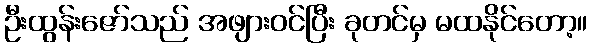
ဦးထွန်းဇော်သည် အဖျားဝင်ပြီး ခုတင်မှ မထနိုင်တော့။